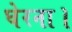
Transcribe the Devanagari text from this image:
घेरना।